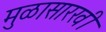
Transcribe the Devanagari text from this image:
मुळासारखी